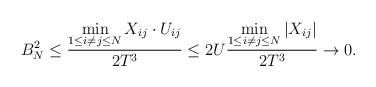
LaTeX: \begin{align*} B_N^2 \leq \dfrac {\displaystyle \min_{1\leq i \neq j \leq N}X_{ij}\cdot U_{ij}} {2T^3} \leq 2U \dfrac {\displaystyle \min_{1\leq i \neq j \leq N}\left|X_{ij}\right|} {2T^3}\to 0.\end{align*}